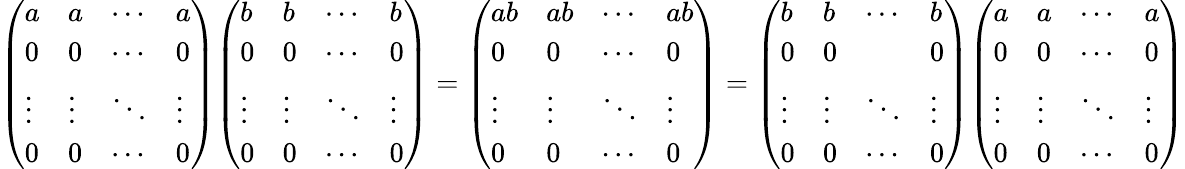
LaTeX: {\left(\begin{array}{llll}{a}&{a}&{\cdots}&{a}\\ {0}&{0}&{\cdots}&{0}\\ {\vdots}&{\vdots}&{\ddots}&{\vdots}\\ {0}&{0}&{\cdots}&{0}\end{array}\right)}{\left(\begin{array}{llll}{b}&{b}&{\cdots}&{b}\\ {0}&{0}&{\cdots}&{0}\\ {\vdots}&{\vdots}&{\ddots}&{\vdots}\\ {0}&{0}&{\cdots}&{0}\end{array}\right)}={\left(\begin{array}{llll}{ab}&{ab}&{\cdots}&{ab}\\ {0}&{0}&{\cdots}&{0}\\ {\vdots}&{\vdots}&{\ddots}&{\vdots}\\ {0}&{0}&{\cdots}&{0}\end{array}\right)}={\left(\begin{array}{llll}{b}&{b}&{\cdots}&{b}\\ {0}&{0}&&{0}\\ {\vdots}&{\vdots}&{\ddots}&{\vdots}\\ {0}&{0}&{\cdots}&{0}\end{array}\right)}{\left(\begin{array}{llll}{a}&{a}&{\cdots}&{a}\\ {0}&{0}&{\cdots}&{0}\\ {\vdots}&{\vdots}&{\ddots}&{\vdots}\\ {0}&{0}&{\cdots}&{0}\end{array}\right)}